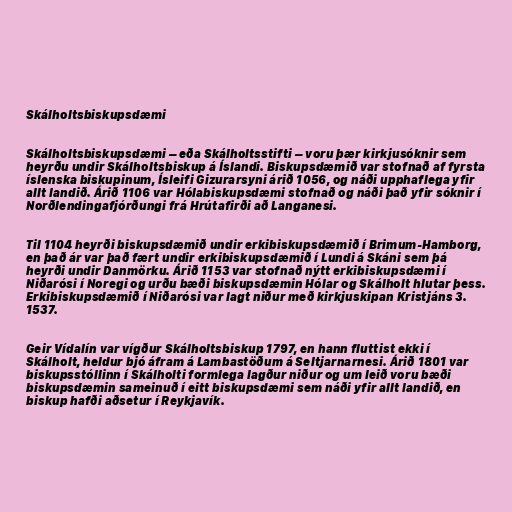
Skálholtsbiskupsdæmi

Skálholtsbiskupsdæmi – eða Skálholtsstifti – voru þær kirkjusóknir sem
heyrðu undir Skálholtsbiskup á Íslandi. Biskupsdæmið var stofnað af fyrsta
íslenska biskupinum, Ísleifi Gizurarsyni árið 1056, og náði upphaflega yfir
allt landið. Árið 1106 var Hólabiskupsdæmi stofnað og náði það yfir sóknir í
Norðlendingafjórðungi frá Hrútafirði að Langanesi.

Til 1104 heyrði biskupsdæmið undir erkibiskupsdæmið í Brimum-Hamborg,
en það ár var það fært undir erkibiskupsdæmið í Lundi á Skáni sem þá
heyrði undir Danmörku. Árið 1153 var stofnað nýtt erkibiskupsdæmi í
Niðarósi í Noregi og urðu bæði biskupsdæmin Hólar og Skálholt hlutar þess.
Erkibiskupsdæmið í Niðarósi var lagt niður með kirkjuskipan Kristjáns 3.
1537.

Geir Vídalín var vígður Skálholtsbiskup 1797, en hann fluttist ekki í
Skálholt, heldur bjó áfram á Lambastöðum á Seltjarnarnesi. Árið 1801 var
biskupsstóllinn í Skálholti formlega lagður niður og um leið voru bæði
biskupsdæmin sameinuð í eitt biskupsdæmi sem náði yfir allt landið, en
biskup hafði aðsetur í Reykjavík.